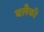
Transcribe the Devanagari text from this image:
बलैकी